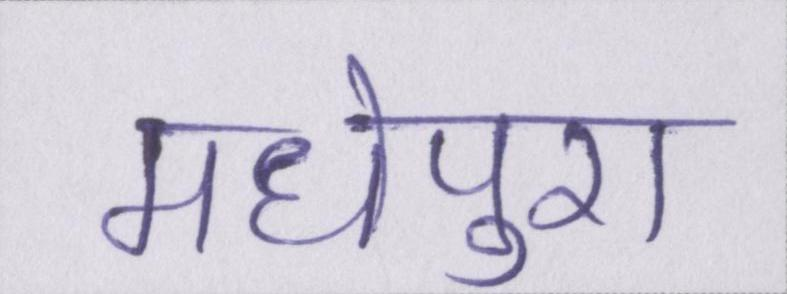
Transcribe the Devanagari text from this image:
मधेपुरा